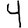
Digit: 4